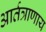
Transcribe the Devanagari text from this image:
आर्तत्राणाय